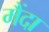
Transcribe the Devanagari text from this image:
मैंदा